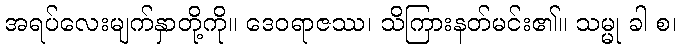
အရပ်လေးမျက်နှာတို့ကို။ ဒေဝရာဇဿ၊ သိကြားနတ်မင်း၏။ သမ္မု ခါ စ၊